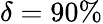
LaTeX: \delta=90\%